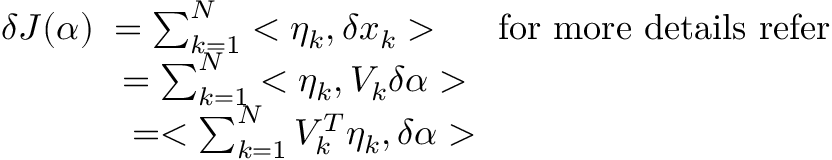
\begin{array} { l } { \delta J ( \alpha ) \; = \sum _ { k = 1 } ^ { N } < \eta _ { k } , \delta x _ { k } > \; \; \; \mathrm { \; ~ f o r ~ m o r e ~ d e t a i l s ~ r e f e r ~ } } \\ { \; \; \; \; \; \; \; \; \; \; \; \; = \sum _ { k = 1 } ^ { N } < \eta _ { k } , V _ { k } \delta \alpha > } \\ { \; \; \; \; \; \; \; \; \; \; \; \; \; = < \sum _ { k = 1 } ^ { N } V _ { k } ^ { T } \eta _ { k } , \delta \alpha > } \end{array}